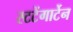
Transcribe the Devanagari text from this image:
स्टटेंगार्टेन